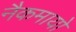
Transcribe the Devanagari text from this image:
नैकमायो